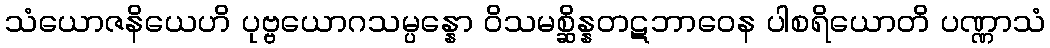
သံယောဇနိယေဟိ ပုဗ္ဗယောဂသမ္ပန္နော ဝိသမစ္ဆိန္နတဋဘာဝေန ပါစရိယောတိ ပဏ္ဏာသံ